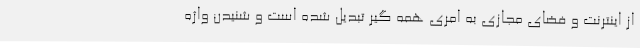
از اینترنت و فضای مجازی به امری همه گیر تبدیل شده است و شنیدن واژه